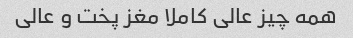
همه چیز عالی کاملا مغز پخت و عالی